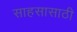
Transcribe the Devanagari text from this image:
साहसासाठी